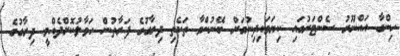
ހިންގާ އައްނޫރު ސެންޓަރުގައި ކިޔަވައިދިނުމަށް ބޭނުންވާ ތަކެތި ދިރާގުގެ ފަރާތުން ހަވާލުކޮށްދެއްވީ ދިރާގުގެ